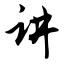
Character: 讲